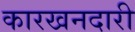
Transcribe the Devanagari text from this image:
कारखनदारी